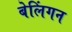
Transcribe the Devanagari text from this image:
बेलिंगन